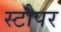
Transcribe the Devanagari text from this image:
स्टौपर